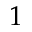
\boldsymbol { 1 }